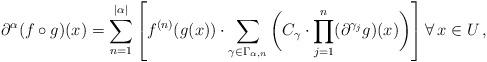
LaTeX: \begin{align*} \partial^\alpha (f \circ g)(x) = \sum_{n=1}^{|\alpha|} \left[ f^{(n)}(g(x)) \cdot \sum_{\gamma \in \Gamma_{\alpha,n}} \bigg( C_{\gamma} \cdot \prod_{j=1}^n (\partial^{\gamma_j} g) (x) \bigg) \right] \forall \, x \in U \, , \end{align*}